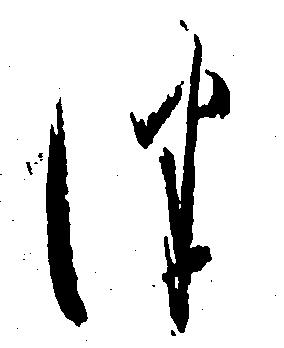
つ